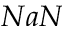
N a N